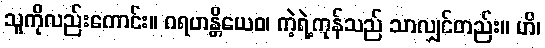
သူကိုလည်းကောင်း။ ဂရဟန္တိယေဝ၊ ကဲ့ရဲ့ကုန်သည် သာလျှင်တည်း။ ဟိ၊